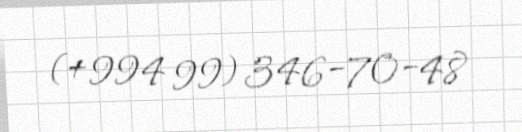
(+994 99) 346-70-48